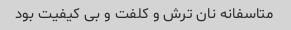
متاسفانه نان ترش و کلفت و بی کیفیت بود